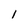
Character: 1